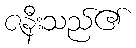
ဇနီးသည်၏